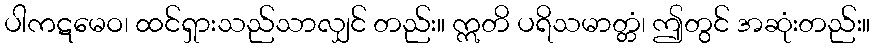
ပါကဋမေဝ၊ ထင်ရှားသည်သာလျှင် တည်း။ ဣတိ ပရိသမာတ္တံ၊ ဤတွင် အဆုံးတည်း။